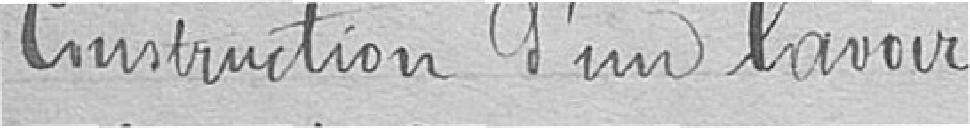
Construction d'un lavoir